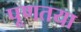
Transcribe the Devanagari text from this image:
पूणतया